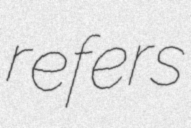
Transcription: refers